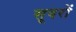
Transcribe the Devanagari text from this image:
सूवरों